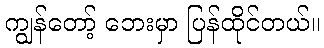
ကျွန်တော့် ဘေးမှာ ပြန်ထိုင်တယ်။